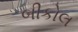
બીકોલ